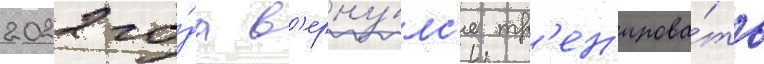
2022 го́да в'ерну́лс'я тр'ен'ирова́ть